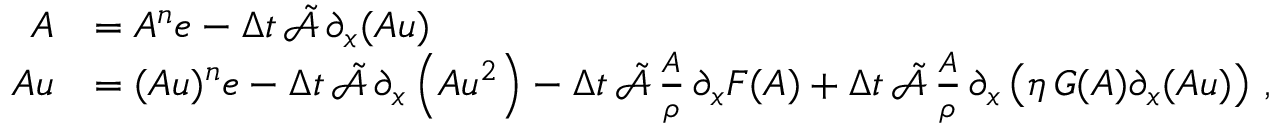
\begin{array} { r l } { \boldsymbol { A } } & { = A ^ { n } \boldsymbol { e } - \Delta t \, \tilde { \mathcal { A } } \, \partial _ { x } ( \boldsymbol { A u } ) } \\ { \boldsymbol { A u } } & { = ( A u ) ^ { n } \boldsymbol { e } - \Delta t \, \tilde { \mathcal { A } } \, \partial _ { x } \left( \boldsymbol { A u ^ { 2 } } \right) - \Delta t \, \tilde { \mathcal { A } } \, \frac { \boldsymbol { A } } { \rho } \, \partial _ { x } \boldsymbol { F } ( \boldsymbol { A } ) + \Delta t \, \tilde { \mathcal { A } } \, \frac { \boldsymbol { A } } { \rho } \, \partial _ { x } \left( \eta \, \boldsymbol { G } ( \boldsymbol { A } ) \partial _ { x } ( \boldsymbol { A u } ) \right) \, , } \end{array}